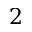
2